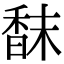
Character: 𩠿